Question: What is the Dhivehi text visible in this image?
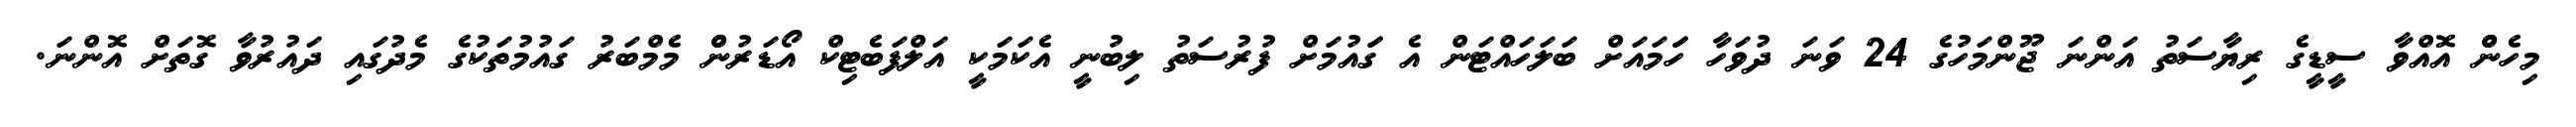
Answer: މިހެންް އޮއްވާ ސީޑީގެ ރިޔާސަތު އަންނަ ޖޫންމަހުގެ 24 ވަނަ ދުވަހާ ހަަމައަށް ބަލަހައްޓަން އެ ގަައުމަށް ފުރުސަތު ލިބުނީ އެކަމަކީ އަލްފަބެޓިކް އޯޑަރުންް މެމްބަރު ގައުމުތަކުގެ މެދުގައި ދައުރުވާ ގޮތަށް އޮންނަ.